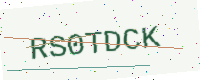
Text: RS0TDCK